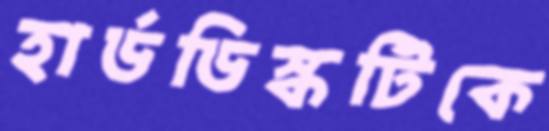
হার্ডডিস্কটিকে